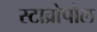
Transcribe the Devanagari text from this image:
स्टाव्रोपोल